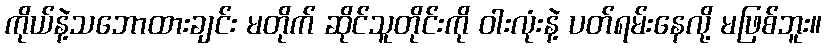
ကိုယ်နဲ့သဘောထားချင်း မတိုက် ဆိုင်သူတိုင်းကို ဝါးလုံးနဲ့ ပတ်ရမ်းနေလို့ မဖြစ်ဘူး။